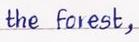
the forest,